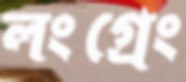
লংগ্রেং